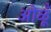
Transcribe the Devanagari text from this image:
ओळूँ